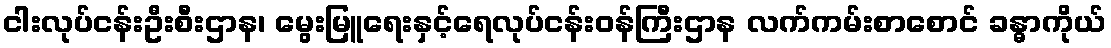
ငါးလုပ်ငန်းဦးစီးဌာန၊ မွေးမြူရေးနှင့်ရေလုပ်ငန်းဝန်ကြီးဌာန လက်ကမ်းစာစောင် ခန္ဓာကိုယ်